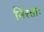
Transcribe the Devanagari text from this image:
निरताः